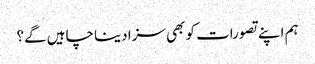
ہم اپنے تصورات کو بھی سزا دینا چاہیں گے؟